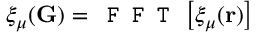
\xi _ { \mu } ( \mathbf G ) = \texttt { F F T } \left[ \xi _ { \mu } ( \mathbf { r } ) \right]